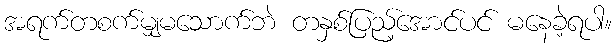
အရက်တစက်မျှမသောက်ဘဲ တနှစ်ပြည့်အောင်ပင် မနေခဲ့ရပါ။